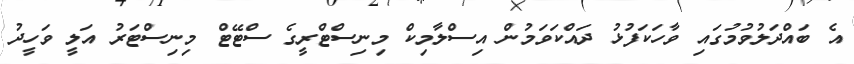
އެ ބައްދަލުވުމުގައި ވާހަކަފުޅު ދައްކަވަމުން އިސްލާމިކް މިނިސްޓްރީގެ ސްޓޭޓް މިނިސްޓަރު އަލީ ވަހީދު